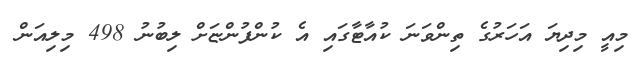
މިއީ މިދިޔަ އަހަރުގެ ތިންވަނަ ކުއާޓާގައި އެ ކުންފުންޏަށް ލިބުނު 498 މިލިއަން